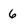
Character: 6